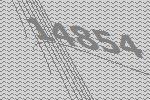
14854